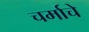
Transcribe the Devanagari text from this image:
चर्माचे